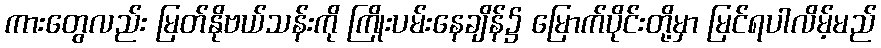
ကားတွေလည်း မြတ်နိုဗယ်သန်းကို ကြိုးပမ်းနေချိန်၌ မြောက်ပိုင်းတို့မှာ မြင်ရပါလိမ့်မည်